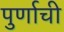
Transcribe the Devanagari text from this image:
पुर्णाची